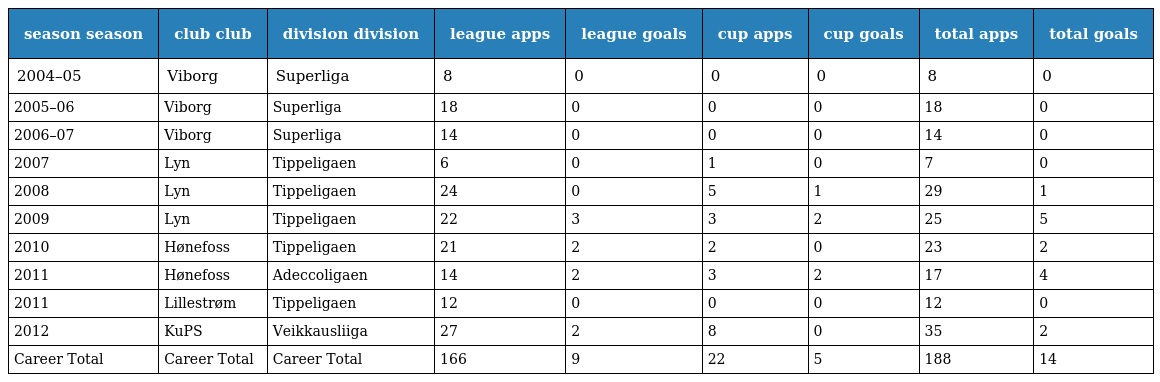
| season season | club club | division division | league apps | league goals | cup apps | cup goals | total apps | total goals |
 | --- | --- | --- | --- | --- | --- | --- | --- | --- |
 | 2004–05 | Viborg | Superliga | 8 | 0 | 0 | 0 | 8 | 0 |
 | 2005–06 | Viborg | Superliga | 18 | 0 | 0 | 0 | 18 | 0 |
 | 2006–07 | Viborg | Superliga | 14 | 0 | 0 | 0 | 14 | 0 |
 | 2007 | Lyn | Tippeligaen | 6 | 0 | 1 | 0 | 7 | 0 |
 | 2008 | Lyn | Tippeligaen | 24 | 0 | 5 | 1 | 29 | 1 |
 | 2009 | Lyn | Tippeligaen | 22 | 3 | 3 | 2 | 25 | 5 |
 | 2010 | Hønefoss | Tippeligaen | 21 | 2 | 2 | 0 | 23 | 2 |
 | 2011 | Hønefoss | Adeccoligaen | 14 | 2 | 3 | 2 | 17 | 4 |
 | 2011 | Lillestrøm | Tippeligaen | 12 | 0 | 0 | 0 | 12 | 0 |
 | 2012 | KuPS | Veikkausliiga | 27 | 2 | 8 | 0 | 35 | 2 |
 | Career Total | Career Total | Career Total | 166 | 9 | 22 | 5 | 188 | 14 |